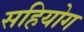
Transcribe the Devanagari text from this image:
सहियोग